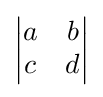
{\begin{vmatrix}a&b\\c&d\end{vmatrix}}